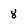
Character: 8